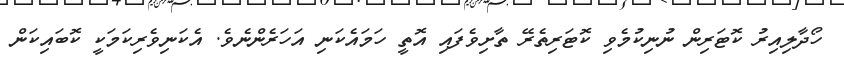
ހޯދާލިއިރު ކޮޓަރިން ނުނިކުމެވި ކޮޓަރިތެރޭ ތާށިވެފައި އޮތީ ހަމައެކަނި އަހަރެންނެވެ. އެކަނިވެރިކަމަކީ ކޮބައިކަން